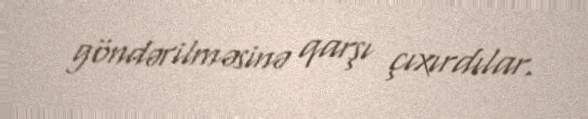
göndərilməsinə qarşı çıxırdılar.